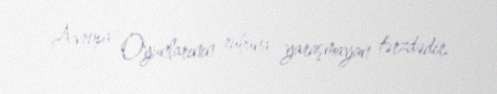
Avropa Oyunlarının ruhuna yaraşmayan tərzdədir.